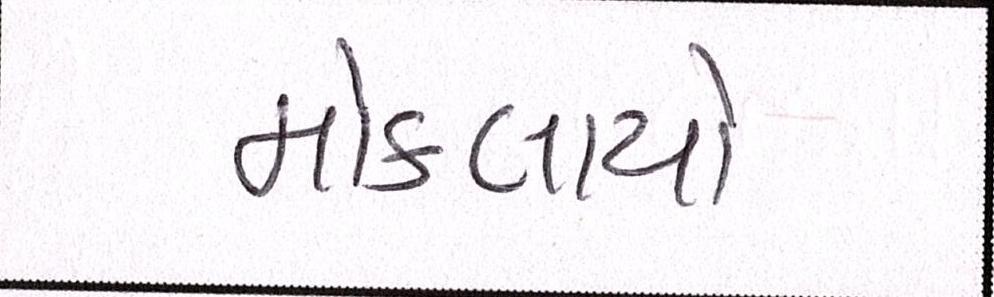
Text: મોકલાયો